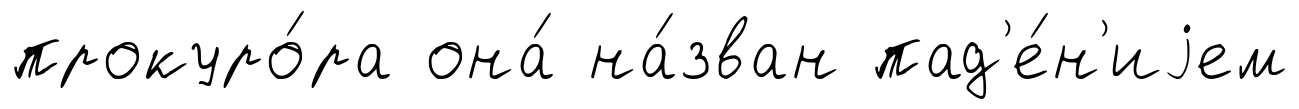
прокуро́ра она́ на́зван пад'е́н'иjем